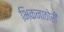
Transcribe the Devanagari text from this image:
भिकनाठोरी